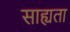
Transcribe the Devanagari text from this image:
साह्यता